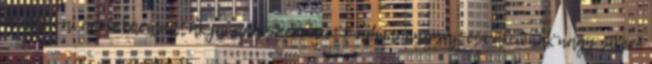
A moldvai árvízkárosultak javára szervezett adománygyűjtési akciónak nagy sikere